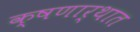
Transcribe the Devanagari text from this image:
क्षणार्थात